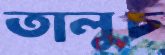
তালুচ